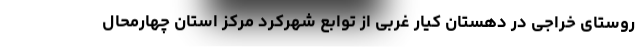
روستای خراجی در دهستان کیار غربی از توابع شهرکرد مرکز استان چهارمحال